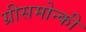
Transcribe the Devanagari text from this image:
ग्रीसमोन्की